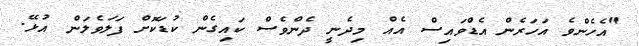
"އެހެންވެ އަހަރެން އެޑްވައިސް އެއް މިދެނީ ދެންވެސް ކައިގެން ކުޑަކޮށް ފަލަވެލަން އުޅޭ.